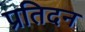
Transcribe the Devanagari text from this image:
प्रतिदन